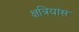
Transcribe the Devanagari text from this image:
क्षत्रियांस